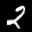
Label: 2